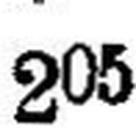
205